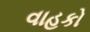
વાહકો